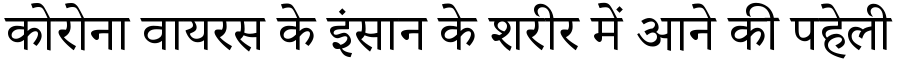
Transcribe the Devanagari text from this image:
कोरोना वायरस के इंसान के शरीर में आने की पहेली